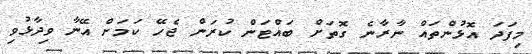
މިފަދަ އޮޅުންތައް ނާރާނެ ގޮތަށް ބައްޓަން ކުރަން ޖެހޭ ކަމަށް އޭނާ ވިދާޅުވި